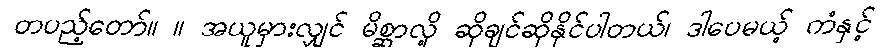
တပည့်တော်။ ။ အယူမှားလျှင် မိစ္ဆာလို့ ဆိုချင်ဆိုနိုင်ပါတယ်၊ ဒါပေမယ့် ကံနှင့်